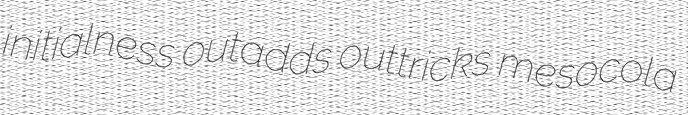
initialness outadds outtricks mesocola